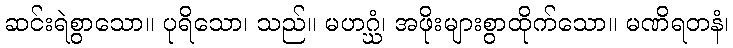
ဆင်းရဲစွာသော။ ပုရိသော၊ သည်။ မဟဂ္ဃံ၊ အဖိုးများစွာထိုက်သော။ မဏိရတနံ၊